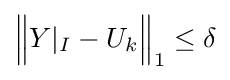
{\Big \|}Y|_{I}-U_{k}{\Big \|}_{1}\leq \delta